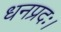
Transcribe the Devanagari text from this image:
धनप्रदः।